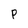
Character: P